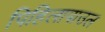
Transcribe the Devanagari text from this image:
पिहिलापाउल